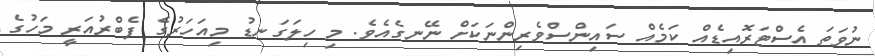
ނުވަތަ އެސްޓަރޮއިޑެއް ކަމެއް ސައިންސްވެރިންނަކަށް ނޭނގެއެވެ. މި ހިލަގަނޑު މިއަހަރުގެ ފެބްރުއަރީ މަހުގެ